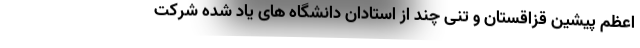
اعظم پیشین قزاقستان و تنی چند از استادان دانشگاه های یاد شده شرکت